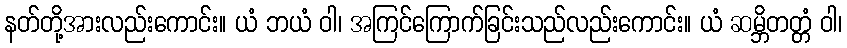
နတ်တို့အားလည်းကောင်း။ ယံ ဘယံ ဝါ၊ အကြင်ကြောက်ခြင်းသည်လည်းကောင်း။ ယံ ဆမ္ဘိတတ္တံ ဝါ၊